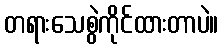
တရားသေစွဲကိုင်ထားတာပဲ။